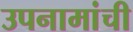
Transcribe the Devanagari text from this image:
उपनामांची